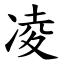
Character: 凌